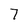
Character: 7